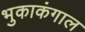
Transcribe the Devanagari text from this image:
भुकाकंगाल